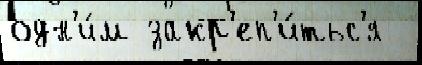
одн'и́м закр'еп'и́тьс'я